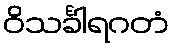
ဝိသင်္ခါရဂတံ